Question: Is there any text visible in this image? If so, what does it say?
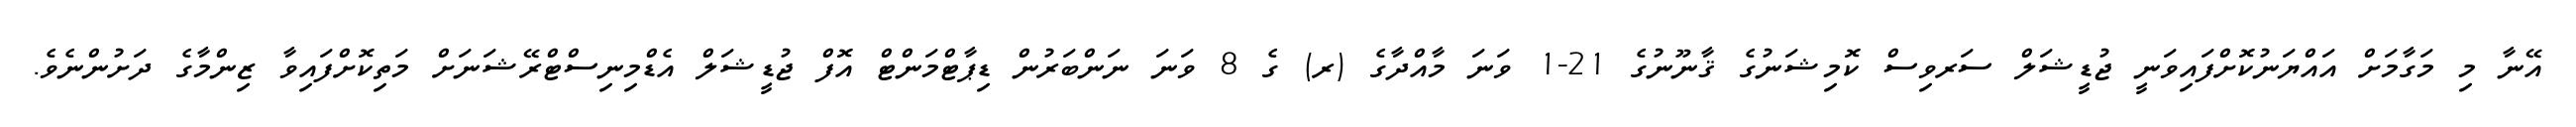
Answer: އޭނާ މި މަގާމަށް އައްޔަނުކޮށްފައިވަނީ ޖުޑީޝަލް ސަރވިސް ކޮމިޝަނުގެ ޤާނޫނުގެ 21-1 ވަނަ މާއްދާގެ (ރ) ގެ 8 ވަނަ ނަންބަރުން ޑިޕާޓްމަންޓް އޮފް ޖުޑީޝަލް އެޑްމިނިސްޓްރޭޝަނަށް މަތިކޮށްފައިވާ ޒިންމާގެ ދަށުންނެވެ.